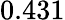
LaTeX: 0.431